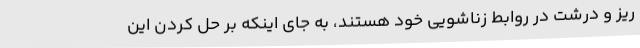
ریز و درشت در روابط زناشویی خود هستند، به جای اینکه بر حل کردن این